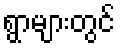
ရွာများတွင်